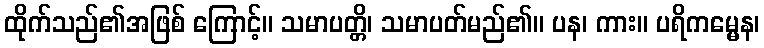
ထိုက်သည်၏အဖြစ် ကြောင့်။ သမာပတ္တိ၊ သမာပတ်မည်၏။ ပန၊ ကား။ ပရိကမ္မေန၊